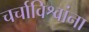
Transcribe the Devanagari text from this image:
चर्चाविश्वांना